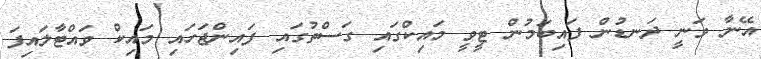
އޭނާ ވަނީ ދަނޑުން ފައިބަމުން ޓީވީ މައިކްގައި ގަސްތުގައި ފައިންޖަހައި މައިކް ވައްޓާލައިފަ